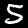
Digit: 5